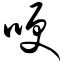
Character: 哽